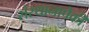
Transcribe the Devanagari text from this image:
संस्थानापैकी